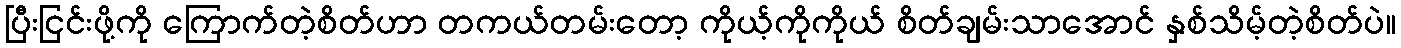
ပြီးငြင်းဖို့ကို ကြောက်တဲ့စိတ်ဟာ တကယ်တမ်းတော့ ကိုယ့်ကိုကိုယ် စိတ်ချမ်းသာအောင် နှစ်သိမ့်တဲ့စိတ်ပဲ။